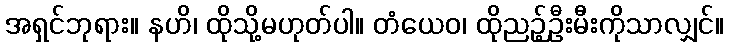
အရှင်ဘုရား။ နဟိ၊ ထိုသို့မဟုတ်ပါ။ တံယေဝ၊ ထိုညဉ့်ဦးမီးကိုသာလျှင်။